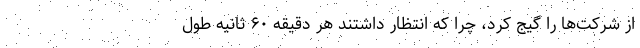
از شرکت‌ها را گیج کرد، چرا که انتظار داشتند هر دقیقه ۶۰ ثانیه طول